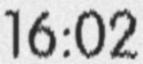
16:02